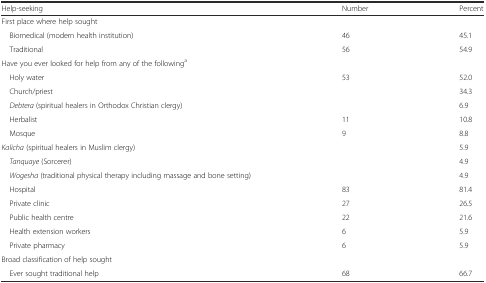
<table><thead><tr><td><b>Help-seeking</b></td><td><b>Number</b></td><td><b>Percent</b></td></tr></thead><tbody><tr><td>First place where help sought</td><td>[EMPTY_CELL]</td><td>[EMPTY_CELL]</td></tr><tr><td> Biomedical (modern health institution)</td><td>46</td><td>45.1</td></tr><tr><td> Traditional</td><td>56</td><td>54.9</td></tr><tr><td>Have you ever looked for help from any of the following<sup>a</sup></td><td>[EMPTY_CELL]</td><td>[EMPTY_CELL]</td></tr><tr><td> Holy water</td><td>53</td><td>52.0</td></tr><tr><td> Church/priest</td><td>[EMPTY_CELL]</td><td>34.3</td></tr><tr><td> <i>Debtera</i> (spiritual healers in Orthodox Christian clergy)</td><td>[EMPTY_CELL]</td><td>6.9</td></tr><tr><td> Herbalist</td><td>11</td><td>10.8</td></tr><tr><td> Mosque</td><td>9</td><td>8.8</td></tr><tr><td><i>Kalicha</i> (spiritual healers in Muslim clergy)</td><td>[EMPTY_CELL]</td><td>5.9</td></tr><tr><td> <i>Tanquaye</i> (Sorcerer)</td><td>[EMPTY_CELL]</td><td>4.9</td></tr><tr><td> <i>Wogesha</i> (traditional physical therapy including massage and bone setting)</td><td>[EMPTY_CELL]</td><td>4.9</td></tr><tr><td> Hospital</td><td>83</td><td>81.4</td></tr><tr><td> Private clinic</td><td>27</td><td>26.5</td></tr><tr><td> Public health centre</td><td>22</td><td>21.6</td></tr><tr><td> Health extension workers</td><td>6</td><td>5.9</td></tr><tr><td> Private pharmacy</td><td>6</td><td>5.9</td></tr><tr><td>Broad classification of help sought</td><td>[EMPTY_CELL]</td><td>[EMPTY_CELL]</td></tr><tr><td> Ever sought traditional help</td><td>68</td><td>66.7</td></tr></tbody></table>